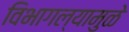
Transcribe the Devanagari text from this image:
विभागल्यामुळे